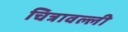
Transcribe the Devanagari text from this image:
चित्रावल्ली